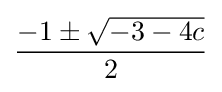
{\frac {-1\pm {\sqrt {-3-4c}}}{2}}